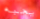
يحبه